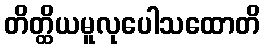
တိတ္ထိယမူလုပေါသထောတိ